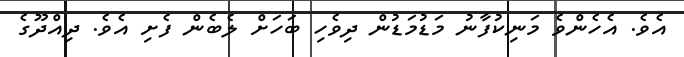
އެވެ. އެހެންވެ މަނިކުފާނު މަޑުމަޑުން ދިވެހި ބަހަށް ލެބެން ފެށި އެވެ. ދިއްދޫގެ